Report on enteric fever
Disease focus: Fever
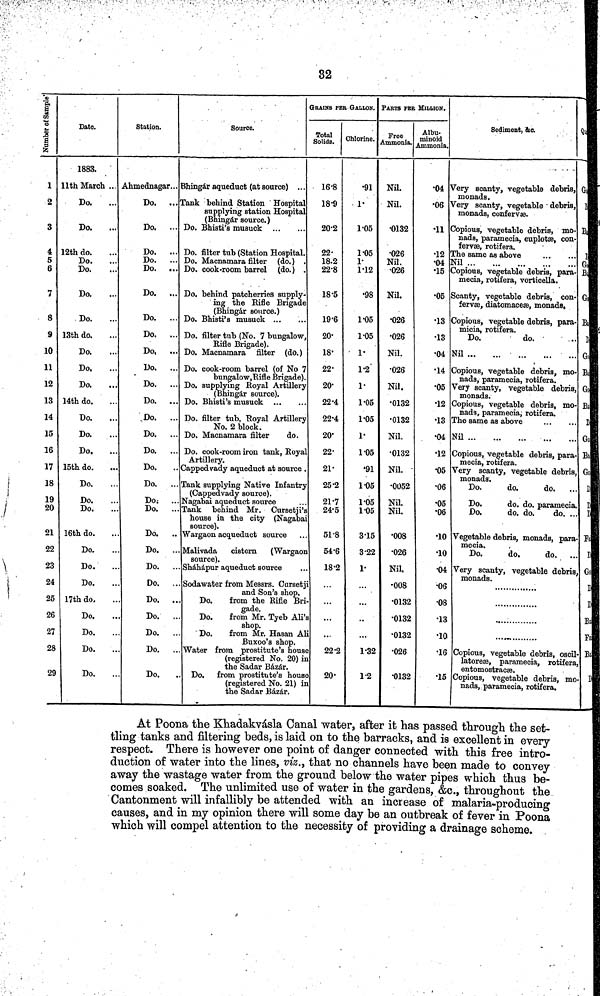
32
Number of Sample
1
2
3
4
5
6
7
8
9
10
11
12
13
14
15
16
17
18
19
20
21
22
23
24
25
26
27
28
29
Date.
1883.
11th March ...
Do.
Do.
12th do.
Do.
Do.
Do.
. Do.
13th do.
Do.
Do.
Do.
14th do.
Do.
Do.
Do.
15th do.
Do.
Do.
Do.
16th do.
Do.
Do.
Do.
17th do.
Do.
Do.
Do.
Do.
Station.
Ahmednagar...
Do. ...
Do. ...
Do. ...
Do. ...
Do. ...
Do. ...
Do.
...
Do. ...
Do, ...
Do. ...
Do. ..
Do. ..
Do. ..
Do. ..
Do. ..
Do.
Do. ..
Do. ..
Do. ..
Do. .
Do. .
Do. .
Do. .
Do. .
Do. .
Do. .
Do. .
Do.
Source.
Bhingár aqueduct (at source) ...
Tank behind Station Hospital
supplying station Hospital
(Bhingár source.)
)o. Bhisti's musuck
)o. filter tub (Station Hospital.
Do. Macnamara filter (do.) .
Do. cook-room barrel (do.) .
Do. behind patcherries supply-
ing the Rifle Brigade
(Bhingár source.)
Do. Bhisti's musuck
Do. filter tub (No. 7 bungalow,
Rifle Brigade).
Do. Macnamara filter (do.)
Do. cook-room barrel (of No 7
bungalow, Rifle Brigade).
Do. supplying Royal Artillery
(Bhingár source).
Do. Bhisti's musuck
Do. filter tub, Royal Artillery
No. 2 block.
Do. Macnamara filter do.
Do. cook-room iron tank, Royal
Artillery.
Cappedvady aqueduct at source .
Tank supplying Native Infantry
(Cappedvady source).
Nagabai aqueduct source
Tank behind Mr. Cursetji's
house in the city (Nagabai
source).
Wargaon acqueduct source
Malivada
cistern
(Wargaon
source). Sháhápur aqueduct source
Sodawater from Messrs. Cursetji
and Son's shop.
Do.
from the Rifle Bri-
gade.
Do.
from Mr. Tyeb Ali's
shop.
Do.
from Mr. Hasan Ali
Buxoo's shop.
Water from prostitute's house
(registered No. 20) in
the Sadar Bázár.
Do. from prostitute's house
(registered No. 21) in
the Sadar Bázár.
GRAINS PER GALLON.
Total
Solids.
16.8
18.9
20.2
22.
18.2
22.8
18 5
19.6
20.
18'
22.
20.
22.4
22.4
20.
22.
21.
25.2
21.7
24.5
518
54.6
18.2
...
...
...
22.2
20.
Chlorine.
.91
1.
1.05
1.05
1. 1.12
.98
1.05
1.05
1.
1.2
1.
1.05
1.05
1.
1.05
.91
1.05
1.05
1.05
315
3.22
1.
...
...
...
1.32
1.2
PARTS FER MILLION.
Free
Ammonia.
Nil.
Nil.
.0132
.026
Nil.
.026
Nil.
.026
.026
Nil.
.026
Nil.
.0132
.0132
Nil.
.0132
Nil.
.0052
Nil.
Nil.
.008
.026
Nil,
.008
.0132
.0132
.0132
.026
.0132
Albu-
minoid
Ammonia.
.04
.06
•11
.12
.04
.15
.05
.13
.13
.04
.14
.05
.12
.13
.04
.12
.05
.06
.05
.06
.10
.10
.04
.06
.08
.13
.10
.16
.15
Sediment, &c.
Very scanty, vegetable debris,
monads.
Very scanty, vegetable debris,
monads, confervæ.
Copious, vegetable debris, mo-
nads, paramecia, euplotæ, con-
fervæ, rotifera.
The same as above
Nil
Copious, vegetable debris, para-
mecia, rotifera, vorticella.
canty, vegetable debris, con-
fervæ, diatomaceæ, monads,
Copious, vegetable debris, para-
micia, rotifera.
Do.
do.
Nil
Copious, vegetable debris, mo
nads, paramecia, rotifera.
Very scanty, vegetable debris
monads.
Copious, vegetable debris, mo
nads, paramecia; rotifera.
The same as above
Nil
Copious, vegetable debris, para
mecia, robifera.
Very scanty, vegetable debris,
monads. Do.
do.
do.
Do.
do. do. paramecia
Do.
do. do.
do. .
Vegetable debris, monads, para
mecia.
Do.
do.
do,
Very scanty, vegetable debris,
monads.
Copious, vegetable debris, oscil-
latoreæ, paramecia, rotifer
entomostracæ.
Copious, vegetable debris, mo-
nads, paramecia, rotifera.
Q
G
B
D
G
B
B
D
G
B
G
B
D
G
B
G
D
D
D
F
D
G
D
D
B
F
B
D
At Poona the Khadakvásla Canal water, after it has passed through the set-
tling tanks and filtering beds, is laid on to the barracks, and is excellent in every
respect. There is however one point of danger connected with this free intro-
duction of water into the lines, viz., that no channels have been made to convey
away the wastage water from the ground below the water pipes which thus be-
comes soaked. The unlimited use of water in the gardens, &c., throughout the
Cantonment will infallibly be attended with an increase of malaria-producing
causes, and in my opinion there will some day be an outbreak of fever in Poona
which will compel attention to the necessity of providing a drainage scheme.